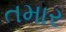
તમાર